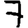
Digit: 7